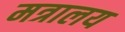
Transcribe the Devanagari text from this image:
मत्रालय